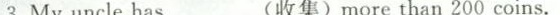
3.Myuncle has_(收集)more than 200 coins.